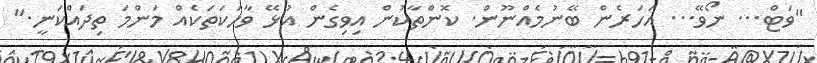
"ވަޓް... ނޯވޭ... އަހަރެން ބޭނުމެއްނޫން. ކޮންތާކުން އިވިގެން އުޅޭ ވާހަކަތަކެއް މަންމަ ތިދައްކަނީ."